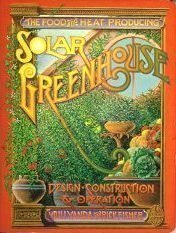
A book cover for The Food and Heat Producing Solar Greenhouse: Design, Construction, Operation; Rick Fisher; Crafts, Hobbies & Home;